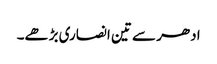
ادھر سے تین انصاری بڑھے۔